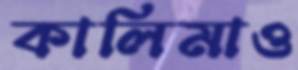
কালিমাও